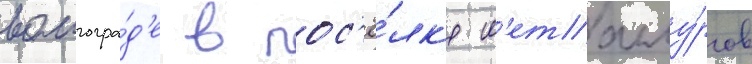
волгогра́д'е в пос'ё́лк'е м'еталлу́ргов